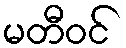
မတီဝင်